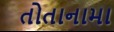
તોતાનામા